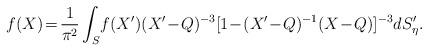
LaTeX: \begin{align*}f(X)\! =\! \frac{1}{\pi^{2}}\int_{S}\!f(X')(X'\!-\! Q)^{-3}[1\!-\! (X'\!-\!Q)^{-1}(X\!-\!Q)]^{-3}dS'_{\eta}.\end{align*}